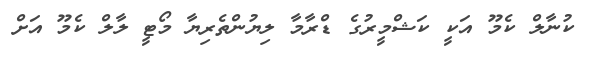
ކުނާލް ކެމޫ އަކީ ކަޝްމީރުގެ ޑްރާމާ ލިޔުންތެރިޔާ މޯޓީ ލާލް ކެމޫ އަށް